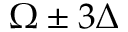
\Omega \pm 3 \Delta